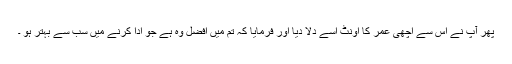
پھر آپ نے اس سے اچھی عمر کا اونٹ اسے دلا دیا اور فرمایا کہ تم میں افضل وہ ہے جو ادا کرنے میں سب سے بہتر ہو ۔